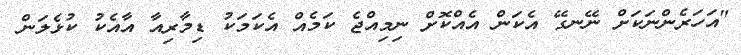
"އަހަރެންނަކަށް ނޭނގޭ އެކަން އެއްކޮށް ނިމިއްޖެ ކަމެއް އެކަމަކު ޑިމާރިއާ އާއެކު ކުޅެލަން